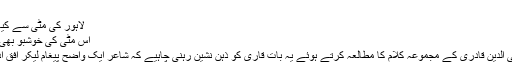
”
لاہور کی مٹی سے کیا کیا ہے سحر پھوٹی
اس مٹی کی خوشبو بھی سانسوں میں اتر آئی
صاحبزادہ حسین محی الدین قادری کے مجموعہ کلام کا مطالعہ کرتے ہوئے یہ بات قاری کو ذہن نشین رہنی چاہیے کہ شاعر ایک واضح پیغام لیکر اُفق ادب پر طلوع ہوا ہے۔